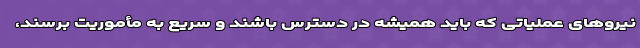
نیروهای عملیاتی که باید همیشه در دسترس باشند و سریع به مأموریت برسند،